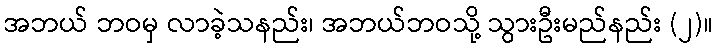
အဘယ် ဘဝမှ လာခဲ့သနည်း၊ အဘယ်ဘဝသို့ သွားဦးမည်နည်း (၂)။